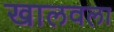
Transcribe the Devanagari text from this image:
खालवला